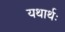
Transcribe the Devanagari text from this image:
यथार्थः